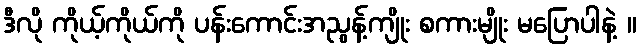
ဒီလို ကိုယ့်ကိုယ်ကို ပန်းကောင်းအညွန့်ကျိုး စကားမျိုး မပြောပါနဲ့ ။